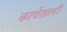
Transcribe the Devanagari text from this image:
कार्यशाली